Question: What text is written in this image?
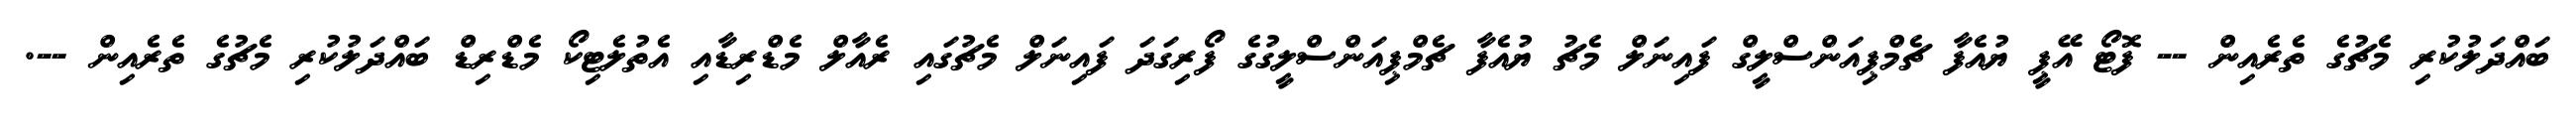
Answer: ބައްދަލުކުރި މެޗުގެ ތެރެއިން -- ފޮޓޯ އޭޕީ ޔުއެފާ ޗެމްޕިއަންސްލީގް ފައިނަލް މެޗު ޔުއެފާ ޗެމްޕިއަންސްލީގުގެ ފޯރިގަދަ ފައިނަލް މެޗުގައި ރެއާލް މެޑްރިޑާއި އެތުލެޓިކޯ މެޑްރިޑް ބައްދަލުކުރި މެޗުގެ ތެރެއިން --.